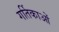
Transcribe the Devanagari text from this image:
गर्तिकाओं